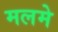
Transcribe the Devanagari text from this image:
मलमे